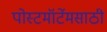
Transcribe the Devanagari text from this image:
पोस्टमॉर्टेमसाठी